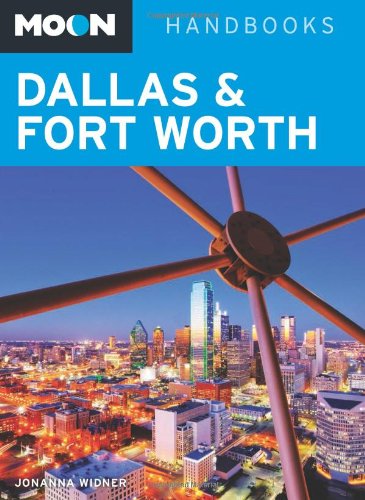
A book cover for Moon Dallas & Fort Worth (Moon Handbooks); Jonanna Widner; Travel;